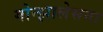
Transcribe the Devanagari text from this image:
गोन्झालेसना